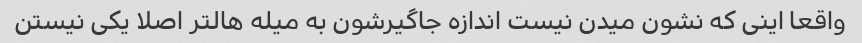
واقعا اینی که نشون میدن نیست اندازه جاگیرشون به میله هالتر اصلا یکی نیستن